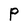
Character: P